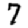
Digit: 7